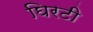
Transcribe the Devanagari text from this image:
घिरटी